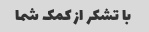
با تشکر از کمک شما